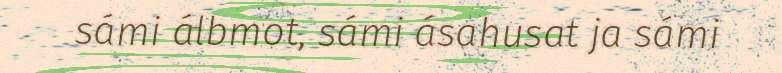
sámi álbmot, sámi ásahusat ja sámi